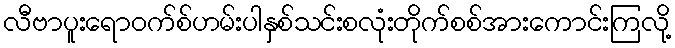
လီဗာပူးရောဝက်စ်ဟမ်းပါနှစ်သင်းစလုံးတိုက်စစ်အားကောင်းကြလို့